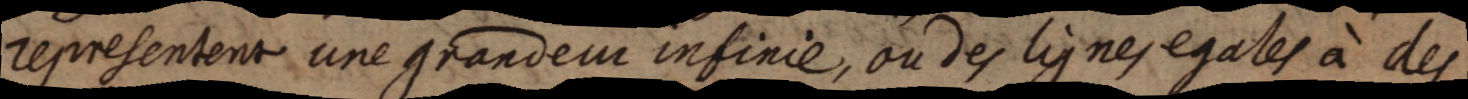
representent une grandeur infinie, ou des lignes egales à des